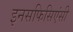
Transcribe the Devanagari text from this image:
इनसफिसिएंसी